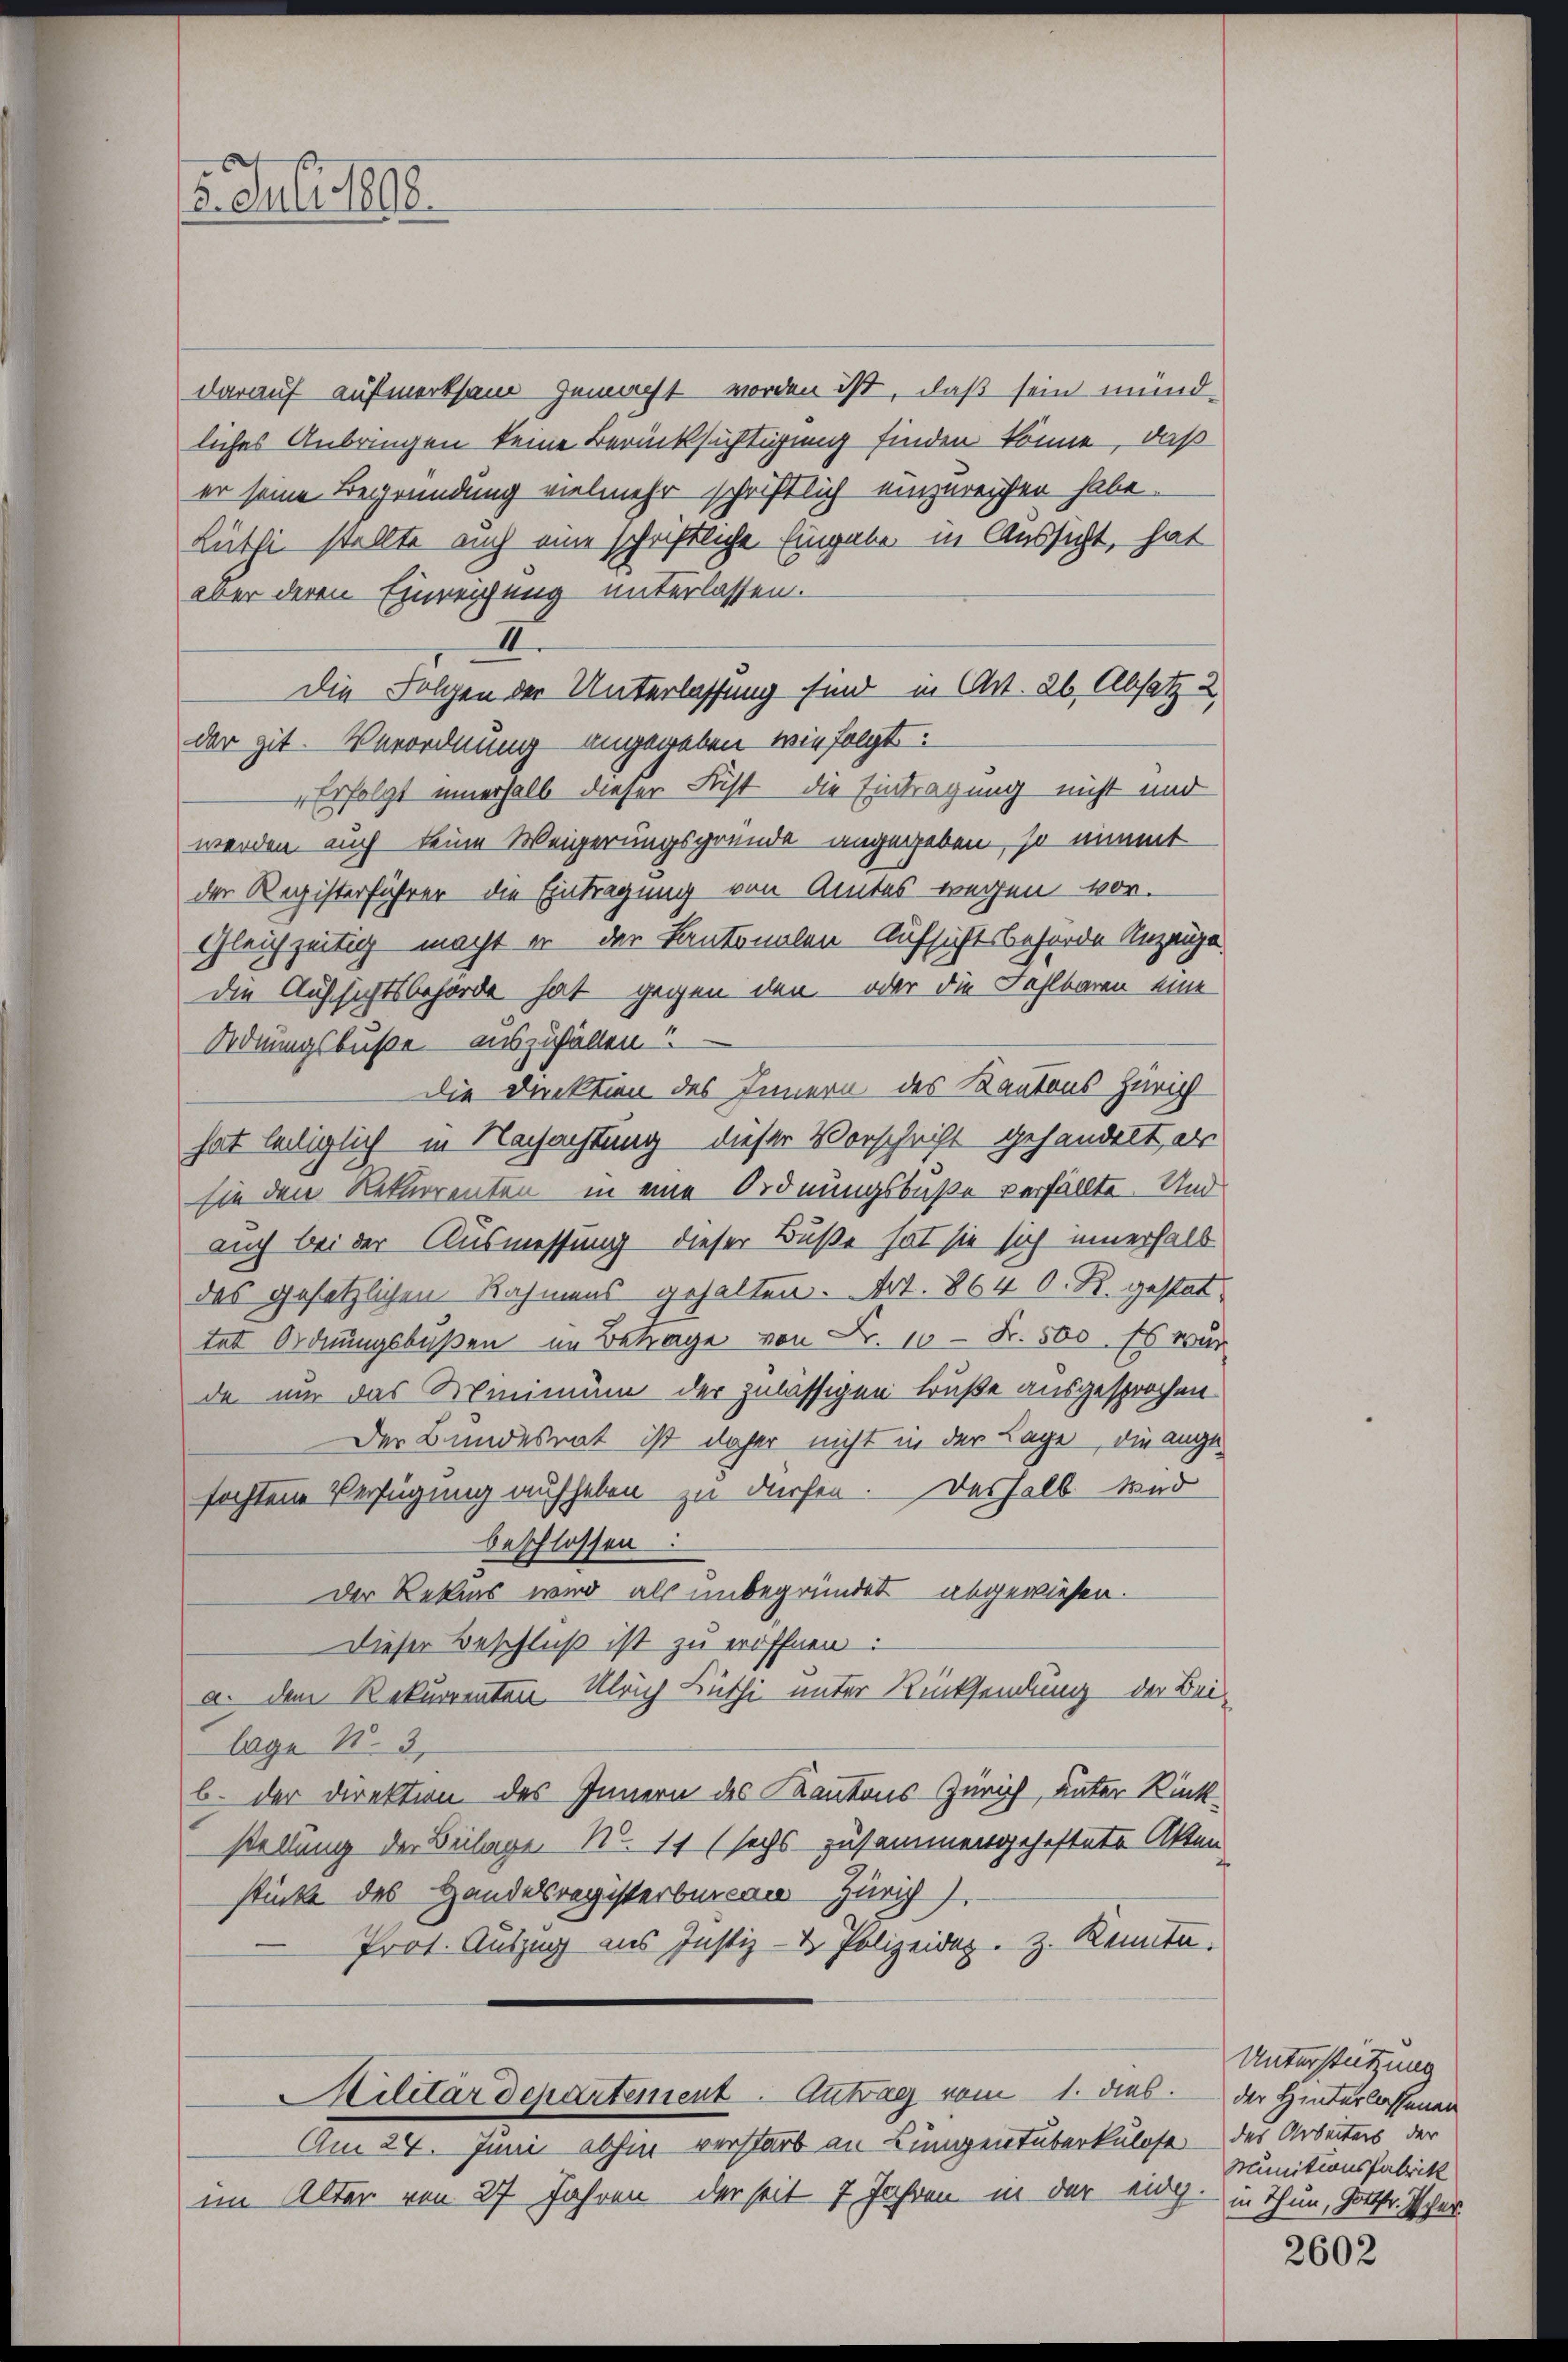
. Juli 1888.

darauf aufmerksam gemacht worden ist, daß sein mündliches Anbringen keine Berücksichtigung finden könne, daß
er seine Begründung vielmehr schriftlich einzureichen habe.
Lüthi stellte auch eine schriftliche Eingabe in Aussicht, hat
aber deren Einrechung unterlassen.
II
der zit. Verordnung angegeben wie folgt:
Erfolgt innerhalb dieser Frist die Eintragung nicht und
werden auch keine Weigerungsgründe angegeben, so nimmt
der Registerführer die Eintragung von Amtes wegen vor.
Gleichzeitig macht er der Kantonalen Aufsichtsbeförde Anzeige
die Aufsichtsbehörde hat gegen den – oder die Fehlbaren eine
Ordnungsbuße – auszufällen?
Die Dunktion des Innern des Kantons Zürich
hat teiliglich in Nachachtung dieser Vorschrift gehandelt, als
sie den Rekurrenten in eine Ordnungsbuße verfällte. Und
auch bei der Ausmessung dieser Buße hat sie sich innerhalb
des gesetzlichen Rahmens gehalten. Art. 864 O. R. gestattet Ordnungsbußen im Betrage von Fr. 10 Fr. 500. Es war
de nur das Minimum der zulässigen Buße ausgesprochen
Der Bundesrat ist daher nicht in der Lage, die ange-
fochtene Verfügung aufheben zu dürfen. Deshalb wir
beschlossen
Der Rekurs wird als unbegründet abgewiesen.
Dieser Beschluß ist zu eröffnen.
a. dem Rekurrenten Ulrich Lüthi unter Rücksendung der Bei-
lage N. 3.
b. der Direktion des Innern des Kantons Zürich, unter Rückstellung der Beilage No. 11 (sechs zusammengeheftete Akten
stücke des Handelsregisterbureau Zürich
Prot. Auszug aus Justiz- & Polizeidaz. Z. Kennte.

Die Folgen der Unterlassung sind in Art. 26, Absatz u

Ailitärdepartement. Antrag vom 1. dies
Am 24. Juni abhin verstarb an Lungentuberkulose des Arbeiters, der

im Alter von 27 Jahren, der seit 7 Jahren in der eidg. in Thun, Gottfr. Iher

Unterstützung
der Hinterlassenen
Munitionsfabrik

2602